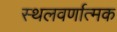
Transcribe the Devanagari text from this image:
स्थलवर्णात्मक